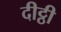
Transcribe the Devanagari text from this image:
दीट्ठी